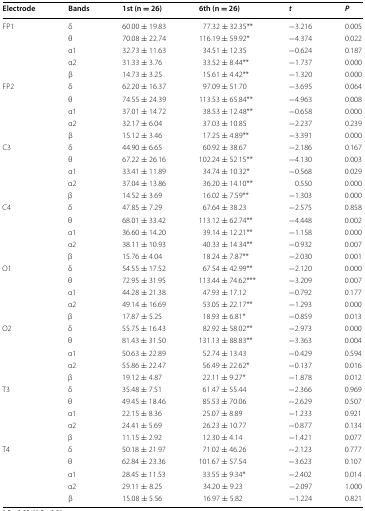
<table><thead><tr><td><b>Electrode</b></td><td><b>Bands</b></td><td><b>1st (n = 26)</b></td><td><b>6th (n = 26)</b></td><td><b><i>t</i></b></td><td><b><i>P</i></b></td></tr></thead><tbody><tr><td rowspan="5">FP1</td><td>δ</td><td>60.00 ± 19.83</td><td>77.32 ± 32.35**</td><td>−3.216</td><td>0.005</td></tr><tr><td>θ</td><td>70.08 ± 22.74</td><td>116.19 ± 59.92*</td><td>−4.374</td><td>0.022</td></tr><tr><td>α1</td><td>32.73 ± 11.63</td><td>34.51 ± 12.35</td><td>−0.624</td><td>0.187</td></tr><tr><td>α2</td><td>31.33 ± 3.76</td><td>33.52 ± 8.44**</td><td>−1.737</td><td>0.000</td></tr><tr><td>β</td><td>14.73 ± 3.25</td><td>15.61 ± 4.42**</td><td>−1.320</td><td>0.000</td></tr><tr><td rowspan="5">FP2</td><td>δ</td><td>62.20 ± 16.37</td><td>97.09 ± 51.70</td><td>−3.695</td><td>0.064</td></tr><tr><td>θ</td><td>74.55 ± 24.39</td><td>113.53 ± 65.84**</td><td>−4.963</td><td>0.008</td></tr><tr><td>α1</td><td>37.01 ± 14.72</td><td>38.53 ± 12.48**</td><td>−0.658</td><td>0.000</td></tr><tr><td>α2</td><td>32.17 ± 6.04</td><td>37.03 ± 10.85</td><td>−2.237</td><td>0.239</td></tr><tr><td>β</td><td>15.12 ± 3.46</td><td>17.25 ± 4.89**</td><td>−3.391</td><td>0.000</td></tr><tr><td rowspan="5">C3</td><td>δ</td><td>44.90 ± 6.65</td><td>60.92 ± 38.67</td><td>−2.186</td><td>0.167</td></tr><tr><td>θ</td><td>67.22 ± 26.16</td><td>102.24 ± 52.15**</td><td>−4.130</td><td>0.003</td></tr><tr><td>α1</td><td>33.41 ± 11.89</td><td>34.74 ± 10.32*</td><td>−0.568</td><td>0.029</td></tr><tr><td>α2</td><td>37.04 ± 13.86</td><td>36.20 ± 14.10**</td><td>0.550</td><td>0.000</td></tr><tr><td>β</td><td>14.52 ± 3.69</td><td>16.02 ± 7.59**</td><td>−1.303</td><td>0.000</td></tr><tr><td rowspan="5">C4</td><td>δ</td><td>47.85 ± 7.29</td><td>67.64 ± 38.23</td><td>−2.575</td><td>0.858</td></tr><tr><td>θ</td><td>68.01 ± 33.42</td><td>113.12 ± 62.74**</td><td>−4.448</td><td>0.002</td></tr><tr><td>α1</td><td>36.60 ± 14.20</td><td>39.14 ± 12.21**</td><td>−1.158</td><td>0.000</td></tr><tr><td>α2</td><td>38.11 ± 10.93</td><td>40.33 ± 14.34**</td><td>−0.932</td><td>0.007</td></tr><tr><td>β</td><td>15.76 ± 4.04</td><td>18.24 ± 7.87**</td><td>−2.030</td><td>0.001</td></tr><tr><td rowspan="5">O1</td><td>δ</td><td>54.55 ± 17.52</td><td>67.54 ± 42.99**</td><td>−2.120</td><td>0.000</td></tr><tr><td>θ</td><td>72.95 ± 31.95</td><td>113.44 ± 74.62***</td><td>−3.209</td><td>0.007</td></tr><tr><td>α1</td><td>44.28 ± 21.38</td><td>47.93 ± 17.12</td><td>−0.792</td><td>0.177</td></tr><tr><td>α2</td><td>49.14 ± 16.69</td><td>53.05 ± 22.17**</td><td>−1.293</td><td>0.000</td></tr><tr><td>β</td><td>17.87 ± 5.25</td><td>18.93 ± 6.81*</td><td>−0.859</td><td>0.013</td></tr><tr><td rowspan="5">O2</td><td>δ</td><td>55.75 ± 16.43</td><td>82.92 ± 58.02**</td><td>−2.973</td><td>0.000</td></tr><tr><td>θ</td><td>81.43 ± 31.50</td><td>131.13 ± 88.83**</td><td>−3.363</td><td>0.004</td></tr><tr><td>α1</td><td>50.63 ± 22.89</td><td>52.74 ± 13.43</td><td>−0.429</td><td>0.594</td></tr><tr><td>α2</td><td>55.86 ± 22.47</td><td>56.49 ± 22.62*</td><td>−0.137</td><td>0.016</td></tr><tr><td>β</td><td>19.12 ± 4.87</td><td>22.11 ± 9.27*</td><td>−1.878</td><td>0.012</td></tr><tr><td rowspan="5">T3</td><td>δ</td><td>35.48 ± 7.51</td><td>61.47 ± 55.44</td><td>−2.366</td><td>0.969</td></tr><tr><td>θ</td><td>49.45 ± 18.46</td><td>85.53 ± 70.06</td><td>−2.629</td><td>0.507</td></tr><tr><td>α1</td><td>22.15 ± 8.36</td><td>25.07 ± 8.89</td><td>−1.233</td><td>0.921</td></tr><tr><td>α2</td><td>24.41 ± 5.69</td><td>26.23 ± 10.77</td><td>−0.877</td><td>0.134</td></tr><tr><td>β</td><td>11.15 ± 2.92</td><td>12.30 ± 4.14</td><td>−1.421</td><td>0.077</td></tr><tr><td rowspan="5">T4</td><td>δ</td><td>50.18 ± 21.97</td><td>71.02 ± 46.26</td><td>−2.123</td><td>0.777</td></tr><tr><td>θ</td><td>62.84 ± 23.36</td><td>101.67 ± 57.54</td><td>−3.623</td><td>0.107</td></tr><tr><td>α1</td><td>28.45 ± 11.53</td><td>33.55 ± 9.34*</td><td>−2.402</td><td>0.014</td></tr><tr><td>α2</td><td>29.11 ± 8.25</td><td>34.20 ± 9.23</td><td>−2.097</td><td>1.000</td></tr><tr><td>β</td><td>15.08 ± 5.56</td><td>16.97 ± 5.82</td><td>−1.224</td><td>0.821</td></tr></tbody></table>